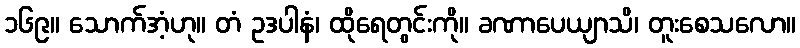
၁၆၉။ သောက်အံ့ဟု။ တံ ဥဒပါနံ၊ ထိုရေတွင်းကို။ ခဏာပေယျာသိ၊ တူးစေသလော။